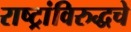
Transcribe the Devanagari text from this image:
राष्ट्रांविरुद्धचे